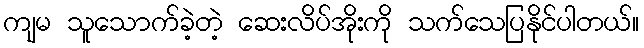
ကျမ သူသောက်ခဲ့တဲ့ ဆေးလိပ်အိုးကို သက်သေပြနိုင်ပါတယ်။